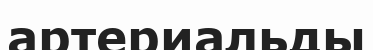
артериальды